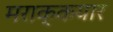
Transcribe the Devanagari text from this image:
मराक्कयार